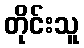
တိုင်းသူ